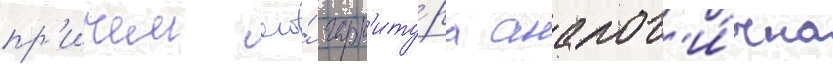
пр'ичем его́ гарн'иту́ра аналог'и́чна